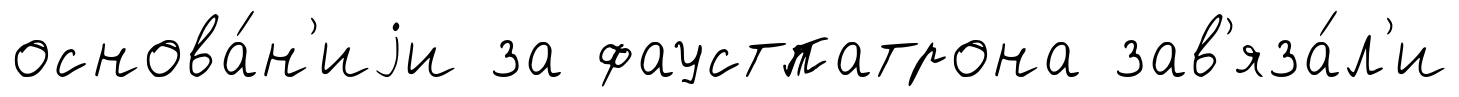
основа́н'иjи за фаустпатрона зав'яза́л'и